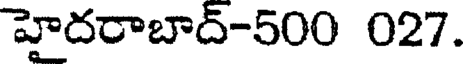
హైదరాబాద్-500 027.